Problem: 3 × 4 = ?
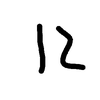
Handwritten answer: 12